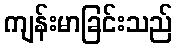
ကျန်းမာခြင်းသည်